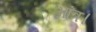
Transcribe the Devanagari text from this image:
आंत्र।